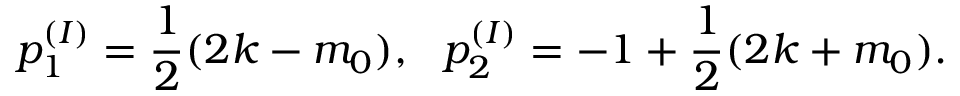
p _ { 1 } ^ { ( I ) } = \frac { 1 } { 2 } ( 2 k - m _ { 0 } ) , ~ ~ p _ { 2 } ^ { ( I ) } = - 1 + \frac { 1 } { 2 } ( 2 k + m _ { 0 } ) .